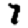
Digit: 7